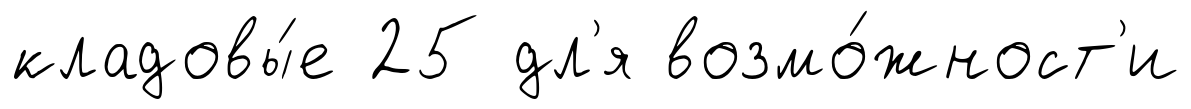
кладовы́е 25 дл'я возмо́жност'и